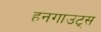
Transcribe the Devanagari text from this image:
हनगाउट्स